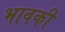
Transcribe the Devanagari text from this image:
भावकी